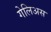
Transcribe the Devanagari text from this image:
गेलिअस